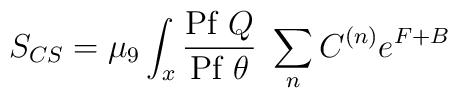
S_{CS} = \mu_9 \int_x {\mbox{Pf}~Q\over \mbox{Pf}~\theta}~\sum_n C^{(n)} e^{F + B}